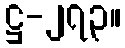
ဋ္ဌ-၂၇၃။